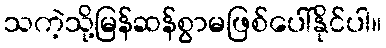
သကဲ့သို့မြန်ဆန်စွာမဖြစ်ပေါ်နိုင်ပါ။